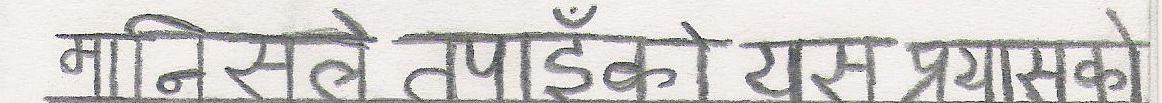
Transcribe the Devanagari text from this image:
निसले तपाइँको रूम प्रशासनको